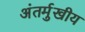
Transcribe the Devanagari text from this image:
अंतर्मुखीय